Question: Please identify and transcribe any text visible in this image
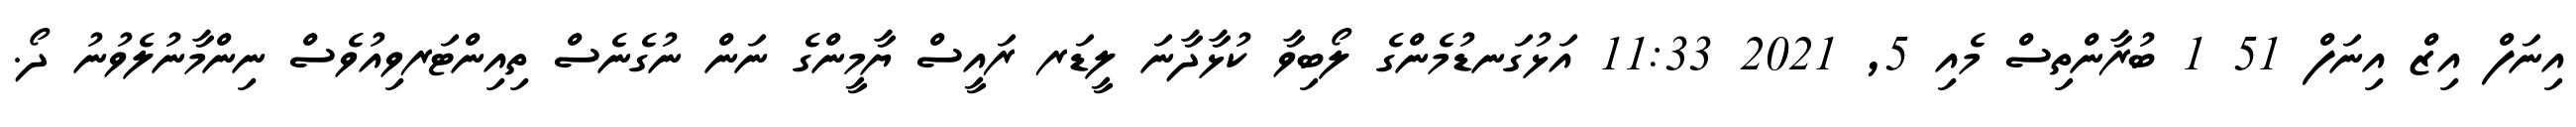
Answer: އިނަފް އިޒް އިނަފް 51 1 ބުރާންތިސް މެއި 5, 2021 11:33 އަޅުގަނޑުމެންގެ ލޯބިވާ ކުޅާދާނަ ލީޑަރ ރައީސް ޔާމީންގެ ނަން ނުގެނެސް ތިއިންޓަރވިއުވެސް ނިންމާނުލެވުނު ދޯ.